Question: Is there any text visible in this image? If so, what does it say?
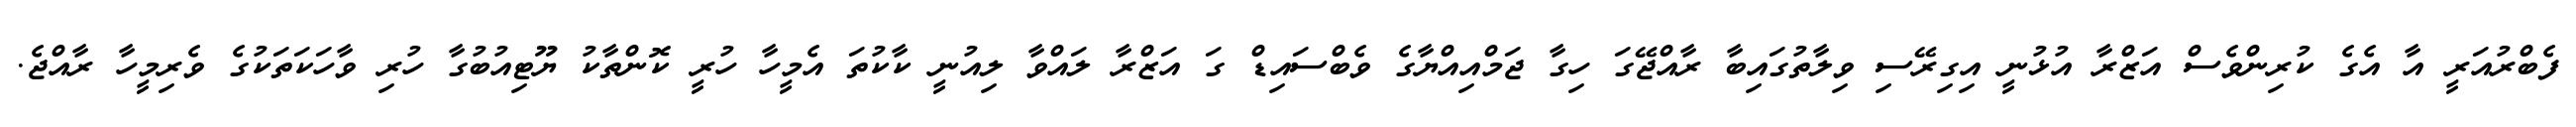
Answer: ފެބްރުއަރީ އާ އެގެ ކުރިންވެސް އަޒްރާ އުޅުނީ އިގިރޭސި ވިލާތުގައިބާ ރާއްޖޭގަ ހިގާ ޖަމްއިއްޔާގެ ވެބްސައިޑް ގަ އަޒްރާ ލައްވާ ލިއުނީ ކާކުތަ އެމީހާ ހުރީ ކޮންތާކު ޔޫޓިއުބުގާ ހުރި ވާހަކަތަކުގެ ވެރިމީހާ ރާއްޖެ.